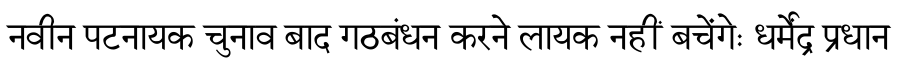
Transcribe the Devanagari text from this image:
नवीन पटनायक चुनाव बाद गठबंधन करने लायक नहीं बचेंगेः धर्मेंद्र प्रधान